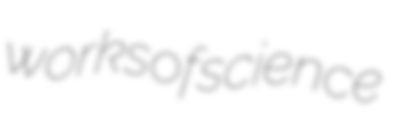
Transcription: works of science